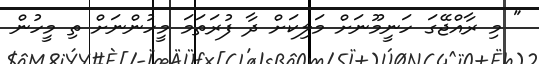
" މި ރާއްޖޭގަ ހަނީމޫނަށް މަލިކަށް ދާ ފުރަތަމަ މީހުންނަށް ތި މީހުން